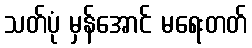
သတ်ပုံ မှန်အောင် မရေးတတ်